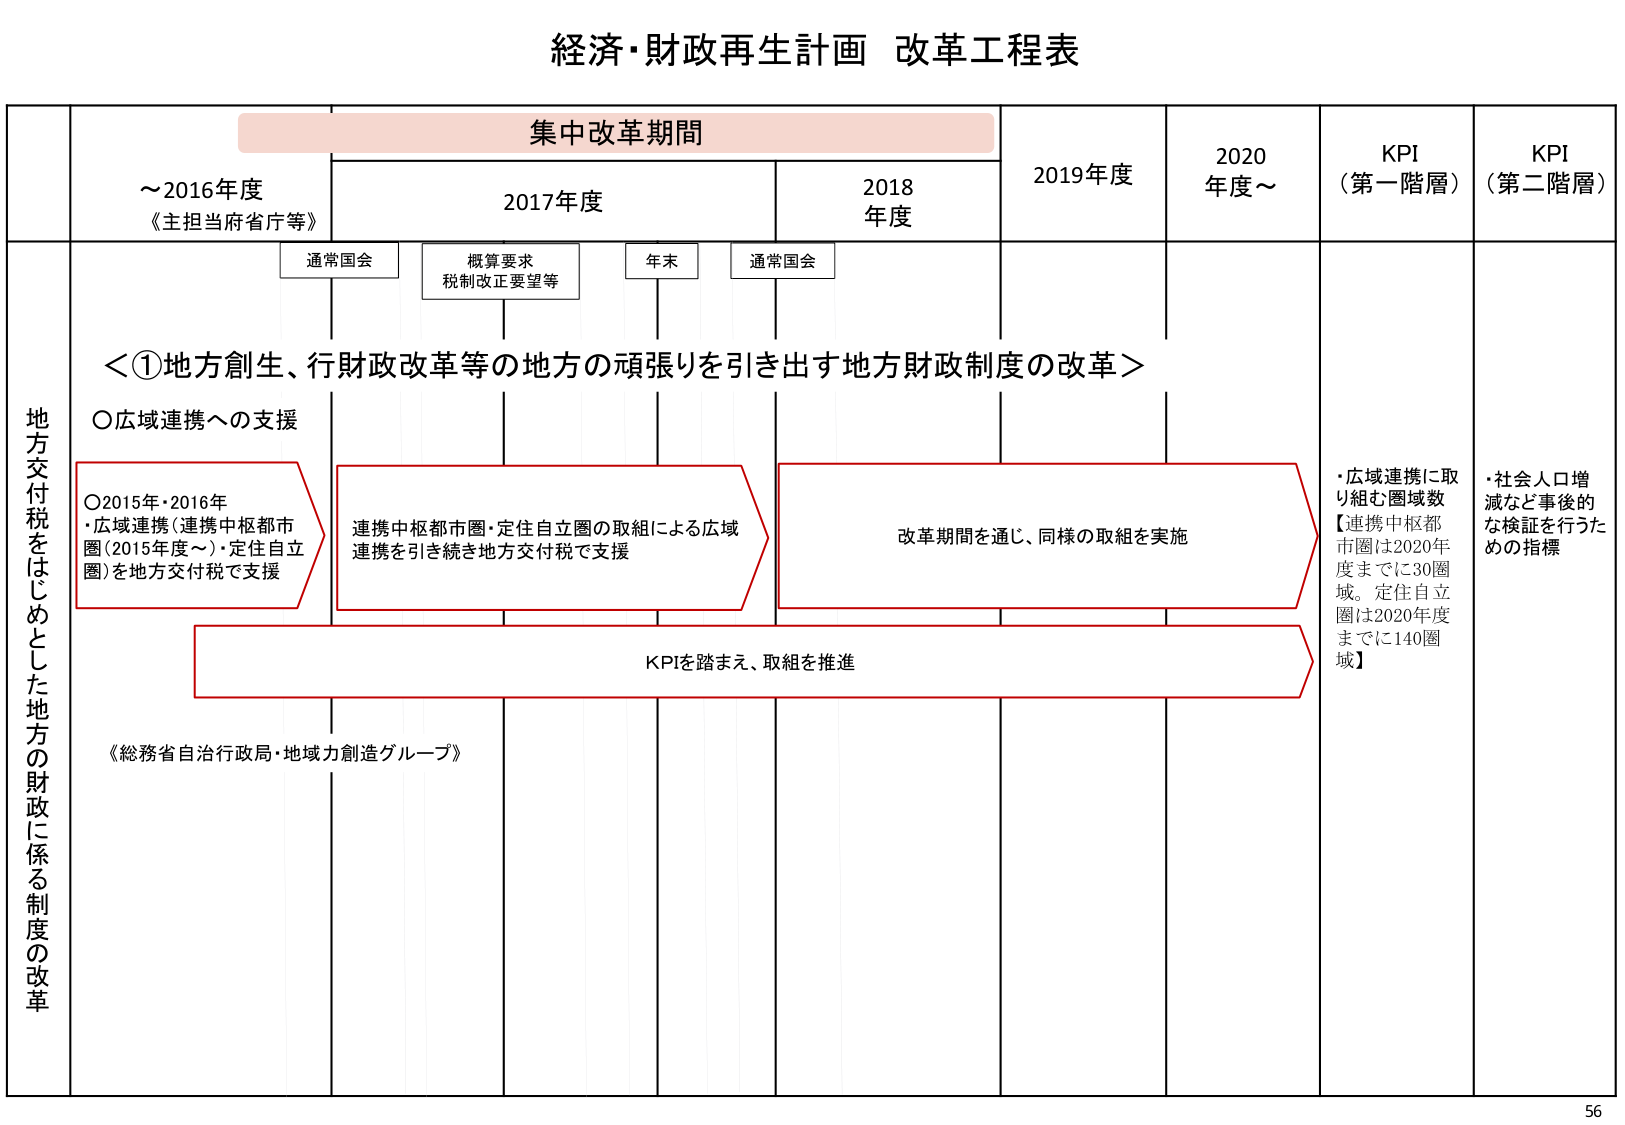
経済・財政再生計画 改革工程表

集中改革期間

～2016年度
《主担当府省庁等》

2017年度

2018年度

2019年度

2020年度～

KPI
（第一階層）

KPI
（第二階層）

通常国会

概算要求
税制改正要望等

年末

通常国会

地方交付税をはじめとした地方の財政に係る制度の改革

＜①地方創生、行財政改革等の地方の頑張りを引き出す地方財政制度の改革＞

〇広域連携への支援

〇2015年・2016年
・広域連携（連携中枢都市圏（2015年度～）・定住自立圏）を地方交付税で支援

連携中枢都市圏・定住自立圏の取組による広域連携を引き続き地方交付税で支援

改革期間を通じ、同様の取組を実施

KPIを踏まえ、取組を推進

《総務省自治行政局・地域力創造グループ》

・広域連携に取り組む圏域数
【連携中枢都市圏は2020年度までに30圏域。定住自立圏は2020年度までに140圏域】

・社会人口増減など事後的な検証を行うための指標

56